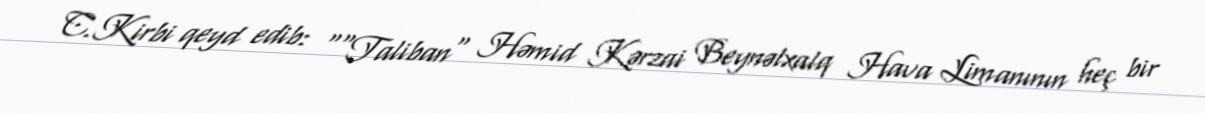
C.Kirbi qeyd edib: ""Taliban" Həmid Kərzai Beynəlxalq Hava Limanının heç bir